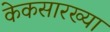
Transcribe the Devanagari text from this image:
केकसारख्या